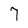
Character: 7